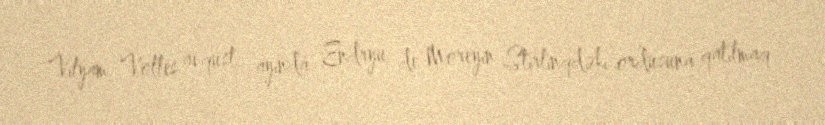
Vilyam Volles avqust ayında Endryu de Moreyin Stirlinqdəki ordusuna qatılmaq